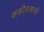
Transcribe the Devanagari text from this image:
शक्तीतत्वाची